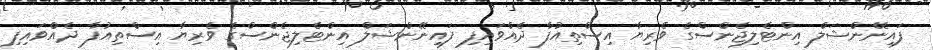
ފައިނޭންޝަލް އިންޓެލިޖެންސްގެ ވެރިޔާ އިސްތިއުފާ ދެއްވައިފި ފައިނޭންޝަލް އިންޓެލިޖެންސްގެ ވެރިޔާ އިސްތިއުފާ ދެއްވައިފި